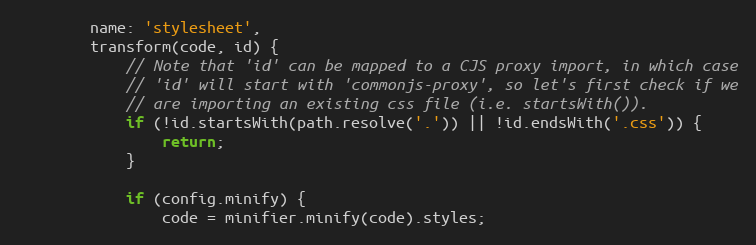
Language: JavaScript
		name: 'stylesheet',
		transform(code, id) {
			// Note that 'id' can be mapped to a CJS proxy import, in which case
			// 'id' will start with 'commonjs-proxy', so let's first check if we
			// are importing an existing css file (i.e. startsWith()).
			if (!id.startsWith(path.resolve('.')) || !id.endsWith('.css')) {
				return;
			}

			if (config.minify) {
				code = minifier.minify(code).styles;